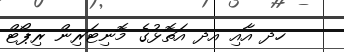
ހދ އާއި އދ އަތޮޅުގެ މޮނިޓަރިން ރިޕޯޓް